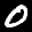
Label: 0